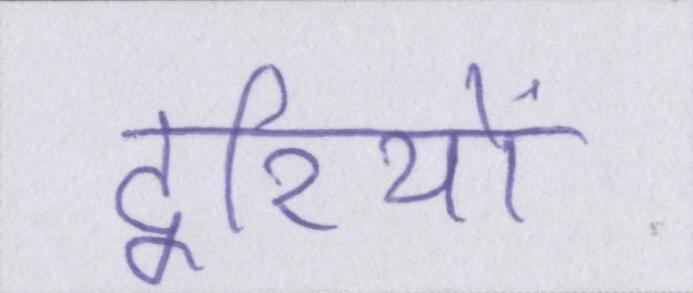
दूरियों